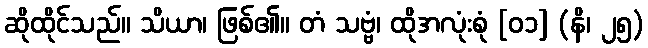
ဆိုထိုင်သည်။ သိယာ၊ ဖြစ်၏။ တံ သဗ္ဗံ၊ ထိုအလုံးစုံ [၀၁] (နိ၊ ၂၅)